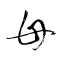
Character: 母